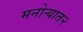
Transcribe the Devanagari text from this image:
मनोऱ्यात२